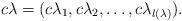
LaTeX: \begin{align*}c\lambda = (c \lambda_1, c \lambda_2,\ldots,c\lambda_{l(\lambda)}).\end{align*}